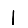
Digit: 1